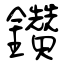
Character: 鑽